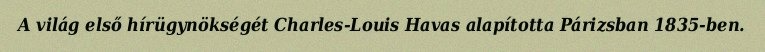
A világ első hírügynökségét Charles-Louis Havas alapította Párizsban 1835-ben.